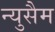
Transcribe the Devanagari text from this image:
न्युसैम